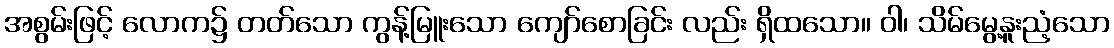
အစွမ်းဖြင့် လောက၌ တတ်သော ကွန့်မြူးသော ကျော်စောခြင်း လည်း ရှိထသော။ ဝါ၊ သိမ်မွေ့နူးညံ့သော